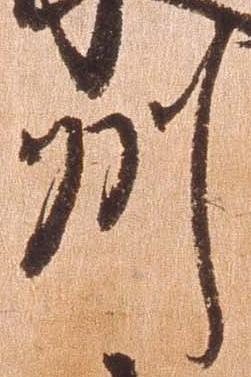
州